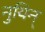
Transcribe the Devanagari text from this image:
नुयिन्